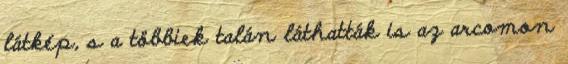
látkép, s a többiek talán láthatták is az arcomon